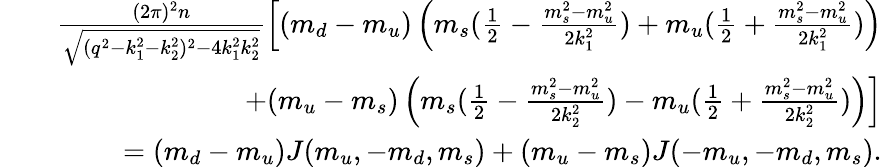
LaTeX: \begin{array}{rlr}&{}&{\frac{(2\pi)^{2}n}{\sqrt{(q^{2}-k_{1}^{2}-k_{2}^{2})^{2}-4k_{1}^{2}k_{2}^{2}}}\left[(m_{d}-m_{u})\left(m_{s}(\frac{1}{2}-\frac{m_{s}^{2}-m_{u}^{2}}{2k_{1}^{2}})+m_{u}(\frac{1}{2}+\frac{m_{s}^{2}-m_{u}^{2}}{2k_{1}^{2}})\right)\right.}\\ &{}&{\left.+(m_{u}-m_{s})\left(m_{s}(\frac{1}{2}-\frac{m_{s}^{2}-m_{u}^{2}}{2k_{2}^{2}})-m_{u}(\frac{1}{2}+\frac{m_{s}^{2}-m_{u}^{2}}{2k_{2}^{2}})\right)\right]}\\ &{}&{=(m_{d}-m_{u})J(m_{u},-m_{d},m_{s})+(m_{u}-m_{s})J(-m_{u},-m_{d},m_{s}).}\end{array}